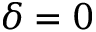
\delta = 0